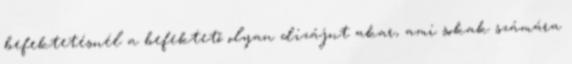
befektetésnél a befektető olyan dizájnt akar, ami sokak számára